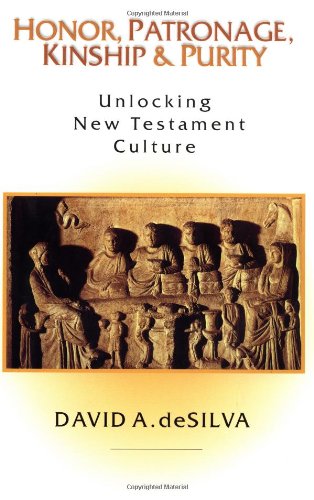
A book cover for Honor, Patronage, Kinship  Purity: Unlocking New Testament Culture; David A. deSilva; Christian Books & Bibles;